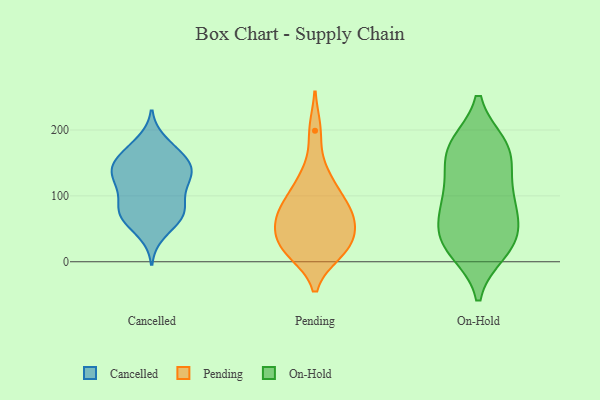
{"axis": {"x": "Humidity (%)", "y": "Value"}, "legend": ["Cancelled", "On-Hold", "Pending"], "data": [{"x": "", "y": 161, "type": "Cancelled"}, {"x": "", "y": 82, "type": "Cancelled"}, {"x": "", "y": 63, "type": "Cancelled"}, {"x": "", "y": 128, "type": "Cancelled"}, {"x": "", "y": 117, "type": "Cancelled"}, {"x": "", "y": 174, "type": "Cancelled"}, {"x": "", "y": 150, "type": "Cancelled"}, {"x": "", "y": 135, "type": "Cancelled"}, {"x": "", "y": 73, "type": "Cancelled"}, {"x": "", "y": 80, "type": "Cancelled"}, {"x": "", "y": 43, "type": "Cancelled"}, {"x": "", "y": 97, "type": "Cancelled"}, {"x": "", "y": 70, "type": "Cancelled"}, {"x": "", "y": 182, "type": "Cancelled"}, {"x": "", "y": 116, "type": "Cancelled"}, {"x": "", "y": 68, "type": "Cancelled"}, {"x": "", "y": 145, "type": "Cancelled"}, {"x": "", "y": 124, "type": "Cancelled"}, {"x": "", "y": 149, "type": "Cancelled"}, {"x": "", "y": 148, "type": "Cancelled"}, {"x": "", "y": 121, "type": "Pending"}, {"x": "", "y": 40, "type": "Pending"}, {"x": "", "y": 16, "type": "Pending"}, {"x": "", "y": 14, "type": "Pending"}, {"x": "", "y": 22, "type": "Pending"}, {"x": "", "y": 199, "type": "Pending"}, {"x": "", "y": 85, "type": "Pending"}, {"x": "", "y": 80, "type": "Pending"}, {"x": "", "y": 68, "type": "Pending"}, {"x": "", "y": 131, "type": "Pending"}, {"x": "", "y": 23, "type": "Pending"}, {"x": "", "y": 50, "type": "Pending"}, {"x": "", "y": 87, "type": "Pending"}, {"x": "", "y": 61, "type": "Pending"}, {"x": "", "y": 102, "type": "On-Hold"}, {"x": "", "y": 172, "type": "On-Hold"}, {"x": "", "y": 176, "type": "On-Hold"}, {"x": "", "y": 17, "type": "On-Hold"}, {"x": "", "y": 73, "type": "On-Hold"}, {"x": "", "y": 40, "type": "On-Hold"}, {"x": "", "y": 23, "type": "On-Hold"}, {"x": "", "y": 43, "type": "On-Hold"}, {"x": "", "y": 85, "type": "On-Hold"}, {"x": "", "y": 137, "type": "On-Hold"}, {"x": "", "y": 173, "type": "On-Hold"}, {"x": "", "y": 99, "type": "On-Hold"}, {"x": "", "y": 28, "type": "On-Hold"}, {"x": "", "y": 167, "type": "On-Hold"}]}